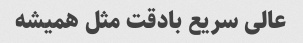
عالی سریع بادقت مثل همیشه